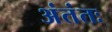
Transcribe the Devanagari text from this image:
अंतंतः